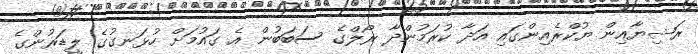
ރަޝިޔާއިން ޔުކްރެއިިންގައި އަދާ ކުރަމުންދާ ރޯލްގެ ސަބަބުން އެ ގައުމަށް ހުޅަނގުގެ ލީޑަރުންގެ